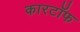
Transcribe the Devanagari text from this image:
कारटॉफ